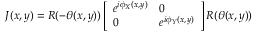
\boldsymbol { J } ( x , y ) = \boldsymbol { R } ( - \theta ( x , y ) ) \left[ \begin{array} { l l } { e ^ { i \phi _ { X } ( x , y ) } } & { 0 } \\ { 0 } & { e ^ { i \phi _ { Y } ( x , y ) } } \end{array} \right] \boldsymbol { R } ( \theta ( x , y ) )